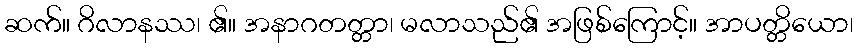
ဆက်။ ဂိလာနဿ၊ ၏။ အနာဂတတ္တာ၊ မလာသည်၏ အဖြစ်ကြောင့်။ အာပတ္တိယော၊